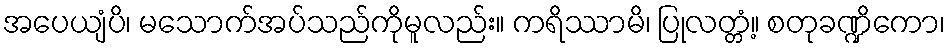
အပေယျံပိ၊ မသောက်အပ်သည်ကိုမူလည်း။ ကရိဿာမိ၊ ပြုလတ္တံ့။ စတုခဏ္ဍိကော၊